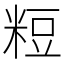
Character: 𥺉